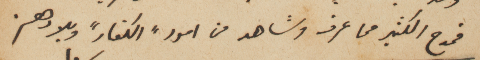
فمدح الكثير مما عرف وشاهد من امور "الكفار" وبلادهم.